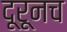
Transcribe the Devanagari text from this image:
दूरूनच